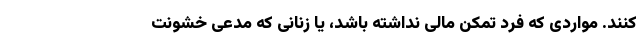
کنند. مواردی که فرد تمکن مالی نداشته باشد، یا زنانی که مدعی خشونت